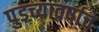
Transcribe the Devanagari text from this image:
पुडच्यावर्षाचे